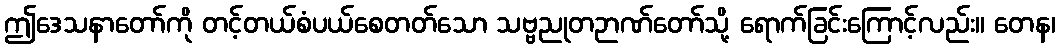
ဤဒေသနာတော်ကို တင့်တယ်စံပယ်စေတတ်သော သဗ္ဗညုတဉာဏ်တော်သို့ ရောက်ခြင်းကြောင့်လည်း။ တေန၊